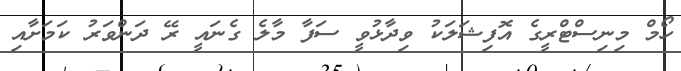
ހޯމް މިނިސްޓްރީގެ އޮފިޝަލަަކު ވިދާޅުވީ ސަފާ މާލެ ގެނައީ ރޭ ދަންވަރު ކަމަށާއި